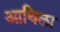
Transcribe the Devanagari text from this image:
आथिला